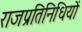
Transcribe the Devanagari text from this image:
राजप्रतिनिधियों